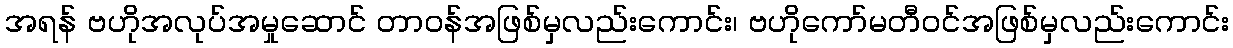
အရန် ဗဟိုအလုပ်အမှုဆောင် တာဝန်အဖြစ်မှလည်းကောင်း၊ ဗဟိုကော်မတီဝင်အဖြစ်မှလည်းကောင်း